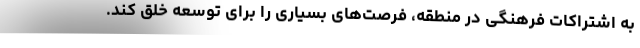
به اشتراکات فرهنگی در منطقه، فرصت‌های بسیاری را برای توسعه خلق کند.